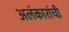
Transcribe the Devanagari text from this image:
अलंकारांची